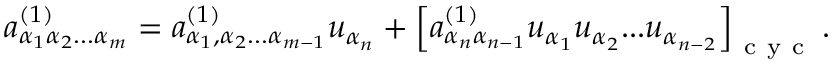
{ a } _ { \alpha _ { 1 } \alpha _ { 2 } . . . \alpha _ { m } } ^ { ( 1 ) } = { a } _ { \alpha _ { 1 } , \alpha _ { 2 } . . . \alpha _ { m - 1 } } ^ { ( 1 ) } u _ { \alpha _ { n } } + \left[ { a } _ { \alpha _ { n } \alpha _ { n - 1 } } ^ { ( 1 ) } u _ { \alpha _ { 1 } } u _ { \alpha _ { 2 } } . . . u _ { \alpha _ { n - 2 } } \right] _ { \mathrm { ~ c ~ y ~ c ~ } } .